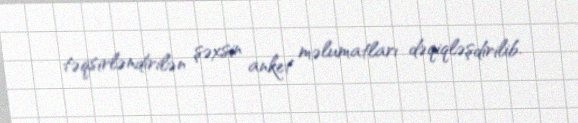
təqsirləndirilən şəxsin anket məlumatları dəqiqləşdirilib.